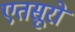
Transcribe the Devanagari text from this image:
एतसूरो